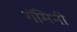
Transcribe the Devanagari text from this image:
गॅमिनी